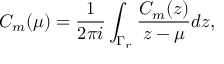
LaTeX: C _ { m } ( \mu ) = { \frac { 1 } { 2 \pi i } } \int _ { \Gamma _ { r } } { \frac { C _ { m } ( z ) } { z - \mu } } d z ,